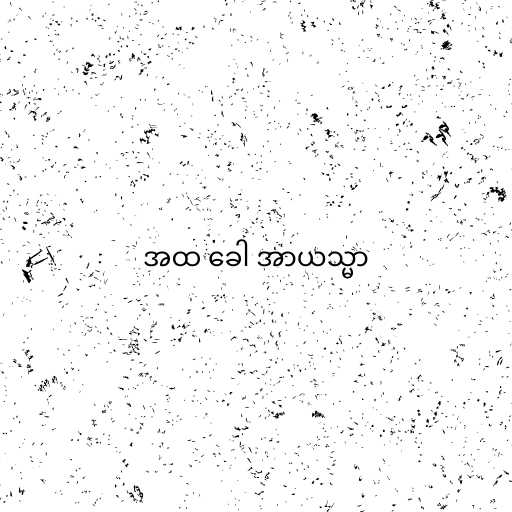
အထ ခေါ အာယသ္မာ